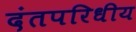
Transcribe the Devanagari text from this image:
दंतपरिधीय